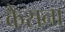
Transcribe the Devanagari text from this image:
केसना